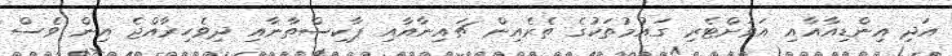
އަދި އިންޑިއާއާއި އަވަށްޓެރި ގައުމުތަކުގެ ތެރެއިން ޗައިނާއާއި ޕާކިސްތާނާއި ދިވެހިރާއްޖެ އިން ވެސް